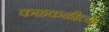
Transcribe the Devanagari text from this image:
कळकळीच्या